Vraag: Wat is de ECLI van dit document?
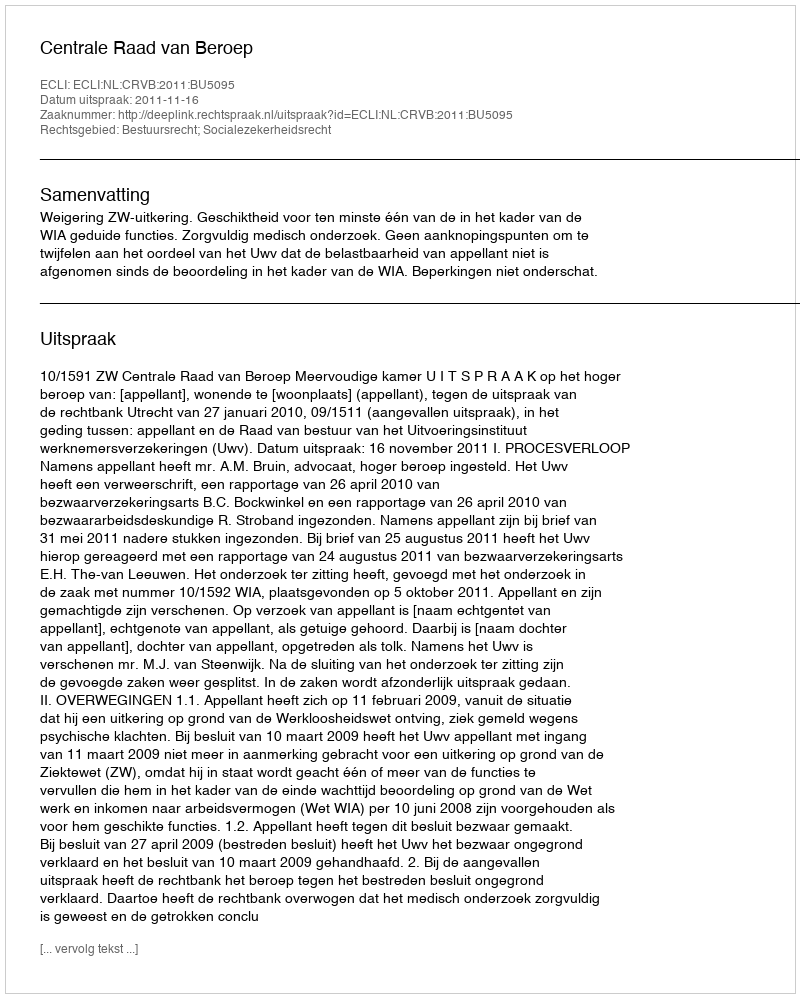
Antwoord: ECLI:NL:CRVB:2011:BU5095